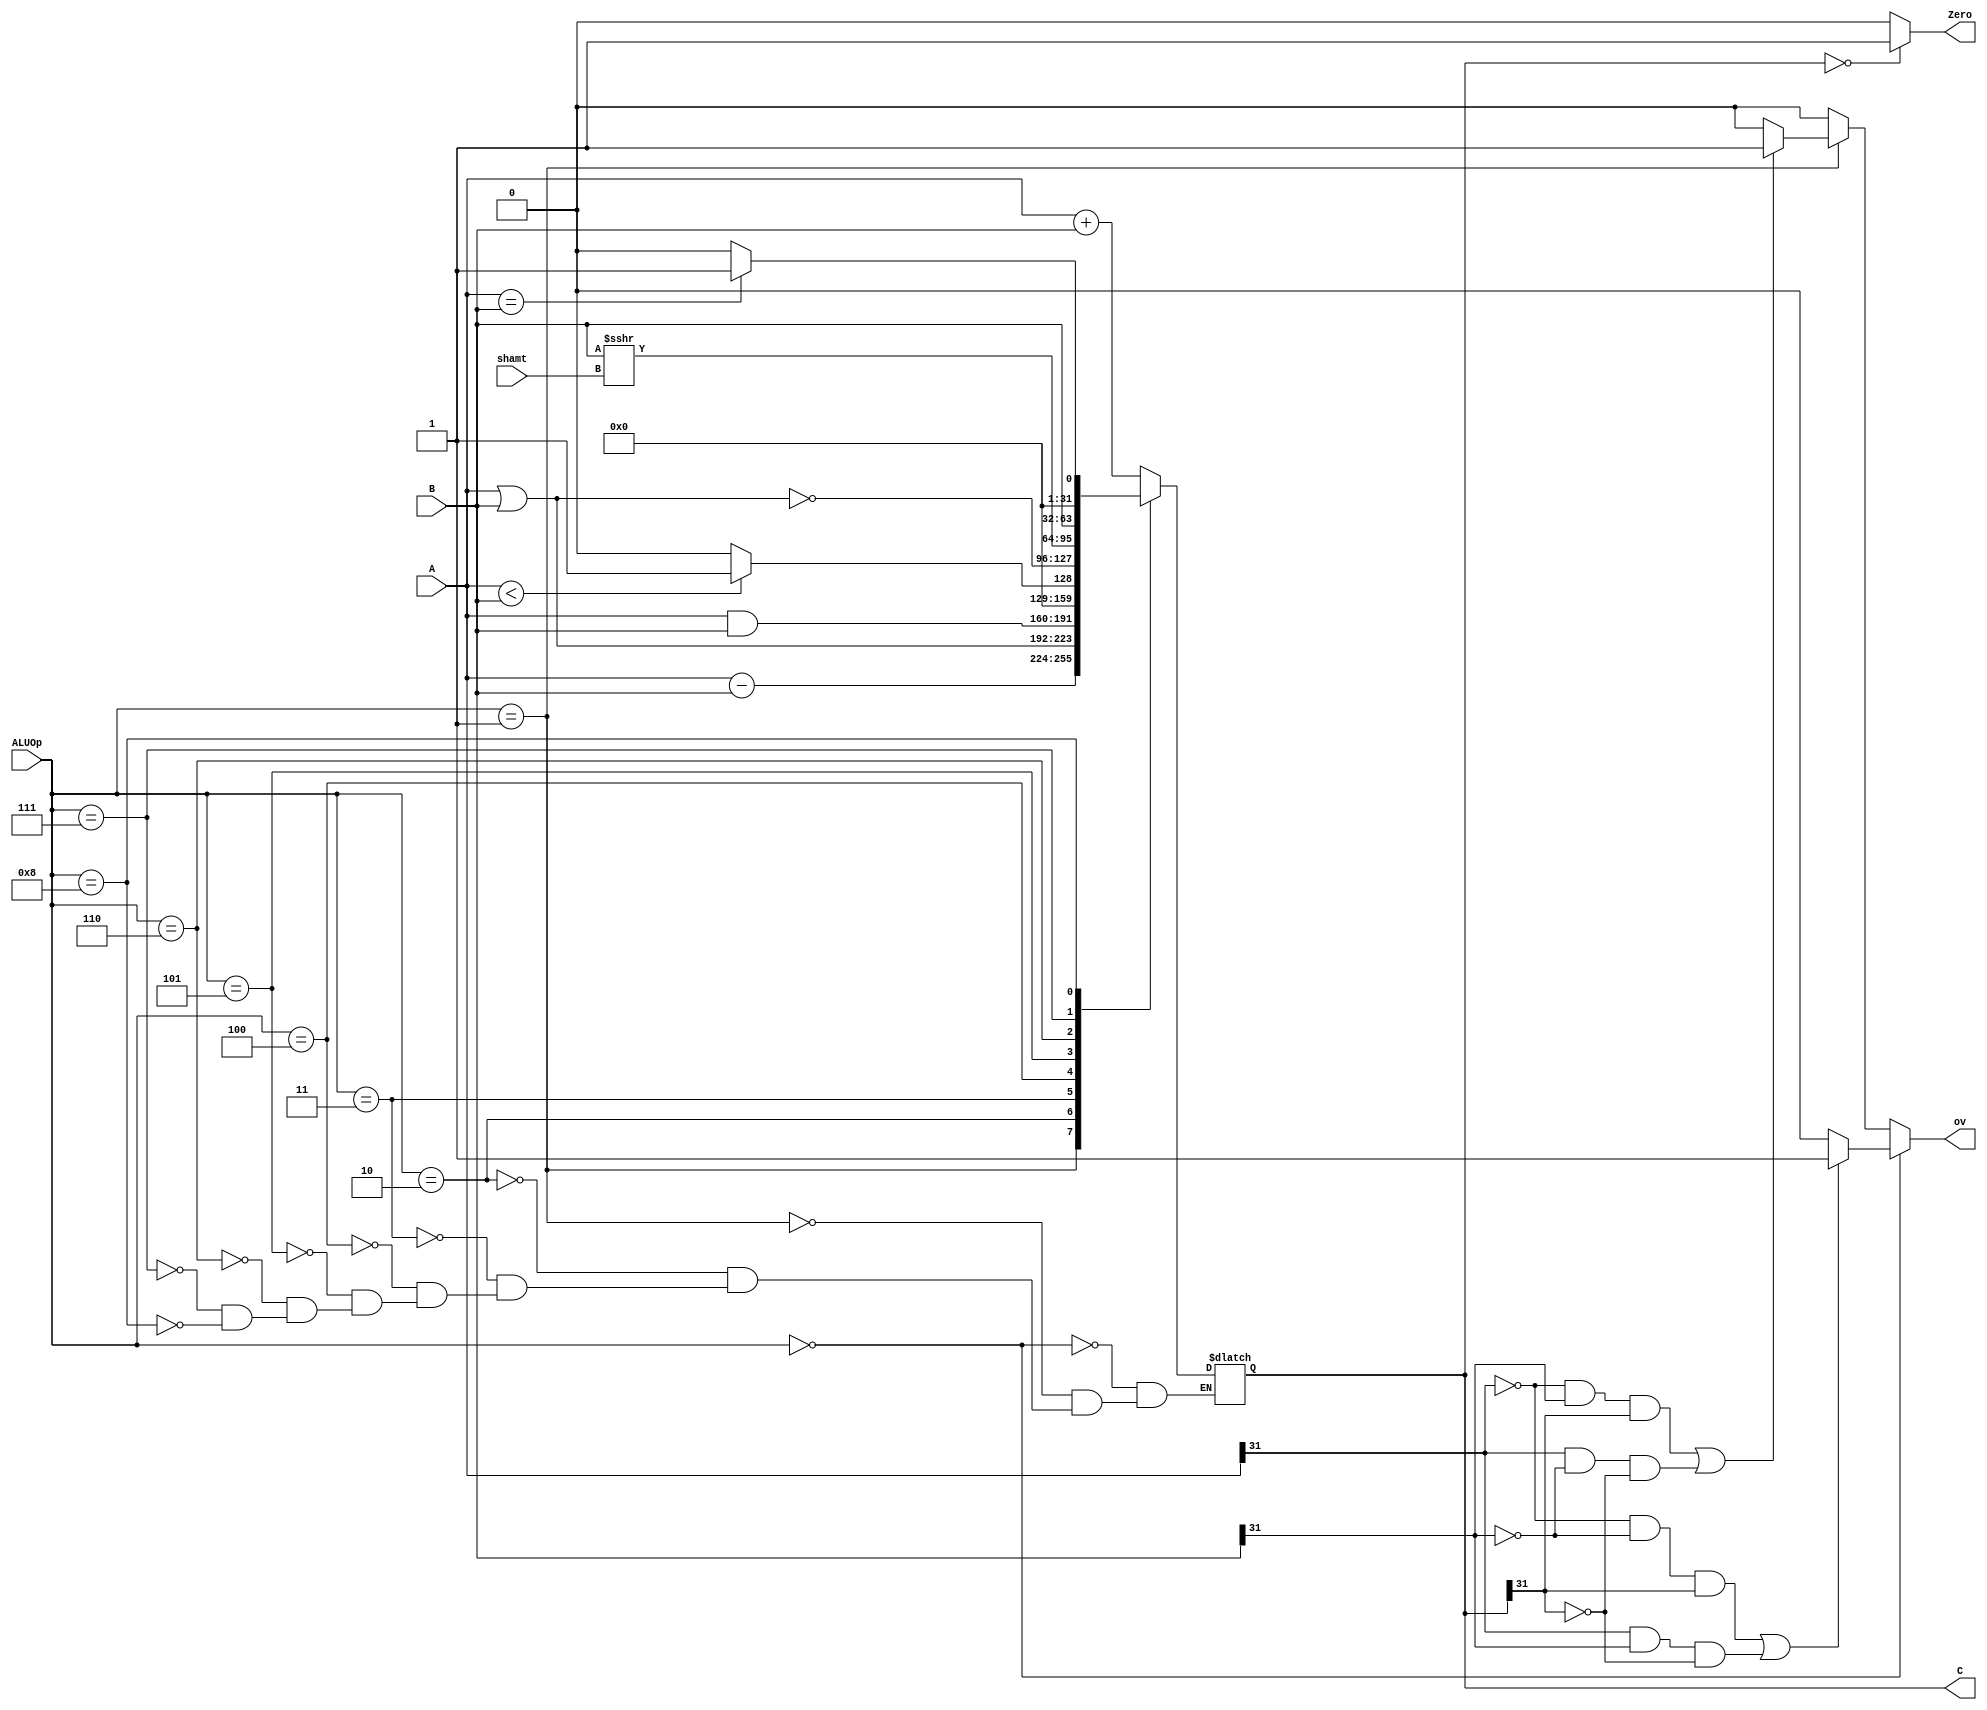
//////////////////////////////////////////////////////////////////////////////////
// Company: 
// Engineer: 
// 
// Design Name: 
// Module Name:    ALU 
// Project Name: 
// Target Devices: 
// Tool versions: 
// Description: 
//
// Dependencies: 
//
// Revision: 
// Revision 0.01 - File Created
// Additional Comments: 
//
//////////////////////////////////////////////////////////////////////////////////
module alu(C,Zero,A,B,ALUOp,shamt,ov);

	input  [31:0] 		A;		//rs
	input  [31:0]		B;		//rt
	input  [3:0]		ALUOp;
	input [4:0] shamt;
	
	output reg[31:0]		C;		//result
	output 					Zero;			
	output reg ov;
	
	initial								
	begin
		C = 0;
	end	
	assign Zero = (C==32'b0) ? 1'b1 : 1'b0;
	
	always@(A or B or ALUOp or shamt)
	begin
		case (ALUOp)
			0: C=A+B; //add
			1: C=A-B; //sub
			2: C=A|B; //or
			3: C=A&B; //and
			4: C=($signed(A)<$signed(B))?1:0;//slt
			5: C=~(A | B); //nor
			6:	C=B >>> shamt; //srl
			7: C=B; //lui
			8: C=(A==B)?1:0;//bne
		endcase
	end
	
	always@(*)
	begin
	  ov=0;
	   if(ALUOp==0)
	   begin
	     if((!A[31]&&!B[31]&&C[31]) || (A[31]&&B[31]&&!C[31]))
	       ov=1;
	   end  
	   else if(ALUOp==1)
	   begin
	     if((!A[31]&&B[31]&&C[31]) || (A[31]&&!B[31]&&!C[31]))
	       ov=1;
	   end
	end

endmodule